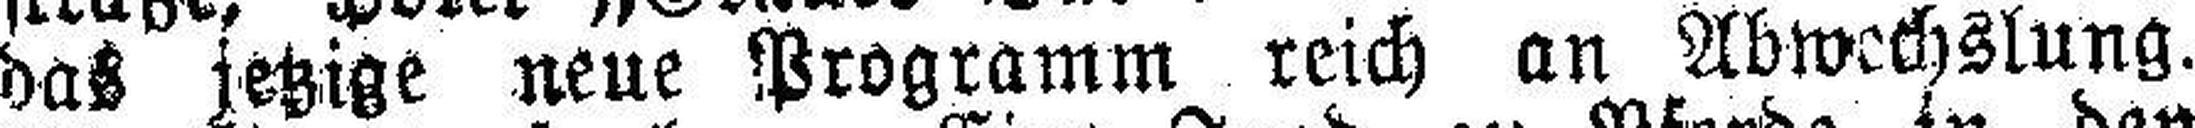
das jetzige neue Programm reich an Abwechslung.